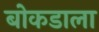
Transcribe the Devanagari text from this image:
बोकडाला